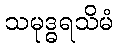
သမုဒ္ဓရသိမံ